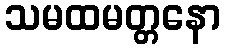
သမထမတ္တနော